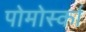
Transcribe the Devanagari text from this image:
पोमोर्स्का